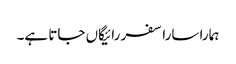
ہمارا سارا سفر رائیگاں جاتا ہے۔